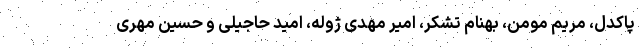
پاکدل، مریم مومن، بهنام تشکر، امیر مهدی ژوله، امید حاجیلی و حسین مهری